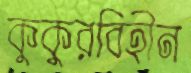
কুকুরবিহীন